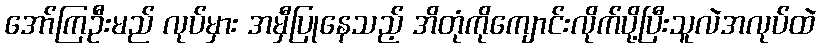
အော်ကြဦးမည် လုပ်မှား အမှီပြုနေသည့် အိတုံကိုကျောင်းလိုက်ပို့ပြီးသူလဲအလုပ်ထဲ